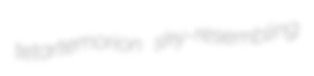
tetartemorion sky-resembling